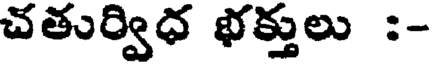
చతుర్విధ భక్తులు :-